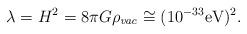
LaTeX: \begin{align*}\lambda = H^2 = 8\pi G\rho_{\it vac}\cong (10^{-33}\rm eV)^{2}.\end{align*}